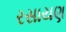
રસાયણ